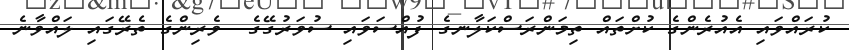
ކުރައްވައި އެއުރެންގެ ކުށްތައް ތިމަންރަސްކަލާނގެ ފުއްސަވައި ސުވަރުގޭގެ  ވެރިންގެ ތެރޭގައި ލައްވާނެ